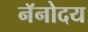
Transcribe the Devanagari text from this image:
नॅनोदय